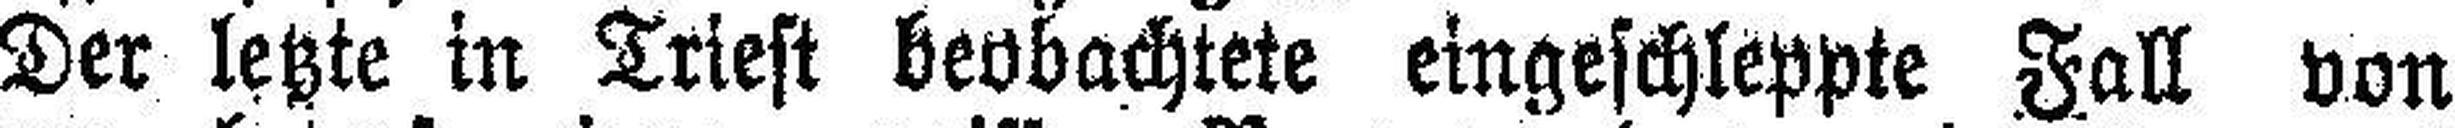
Der letzte in Triest beobachtete eingeschleppte Fall von